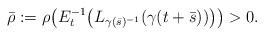
LaTeX: \begin{align*} \bar\rho:=\rho\big( E_t^{-1} \big(L_{\gamma(\bar s)^{-1}}( \gamma(t+\bar s))\big)\big)>0. \end{align*}